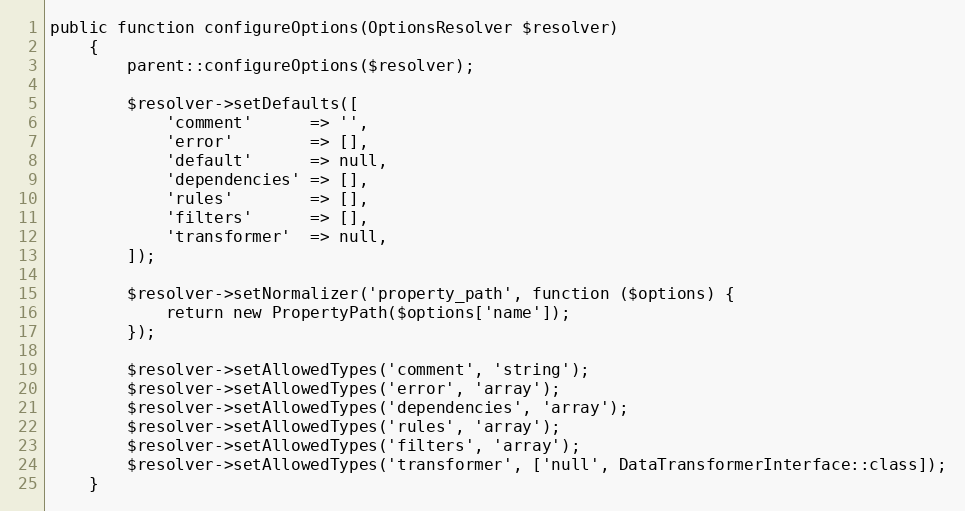
Language: PHP
public function configureOptions(OptionsResolver $resolver)
    {
        parent::configureOptions($resolver);

        $resolver->setDefaults([
            'comment'      => '',
            'error'        => [],
            'default'      => null,
            'dependencies' => [],
            'rules'        => [],
            'filters'      => [],
            'transformer'  => null,
        ]);

        $resolver->setNormalizer('property_path', function ($options) {
            return new PropertyPath($options['name']);
        });

        $resolver->setAllowedTypes('comment', 'string');
        $resolver->setAllowedTypes('error', 'array');
        $resolver->setAllowedTypes('dependencies', 'array');
        $resolver->setAllowedTypes('rules', 'array');
        $resolver->setAllowedTypes('filters', 'array');
        $resolver->setAllowedTypes('transformer', ['null', DataTransformerInterface::class]);
    }